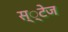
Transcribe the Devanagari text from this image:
स््टेज